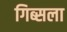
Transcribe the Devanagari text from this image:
गिब्सला